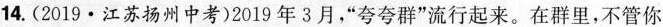
14.(2019·江苏扬州中考)2019年3月，”夸夸群”流行起来。在群里，不管你